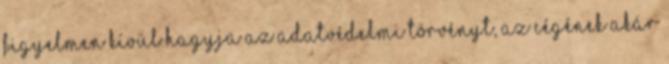
figyelmen kívül hagyja az adatvédelmi törvényt, az cégének akár